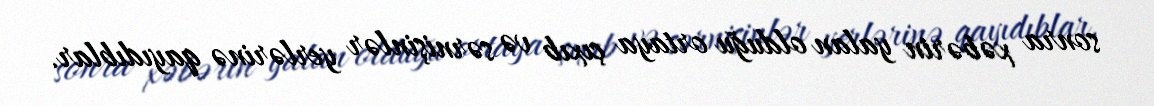
sonra xəbərin yalan olduğu ortaya çıxıb və sərnişinlər yerlərinə qayıdıblar.